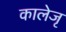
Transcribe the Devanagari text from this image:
कालेजृ